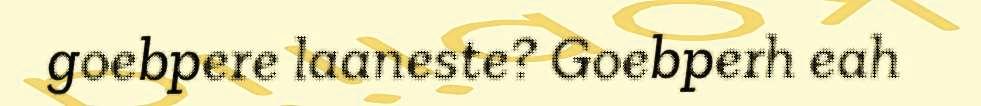
goebpere laaneste? Goebperh eah